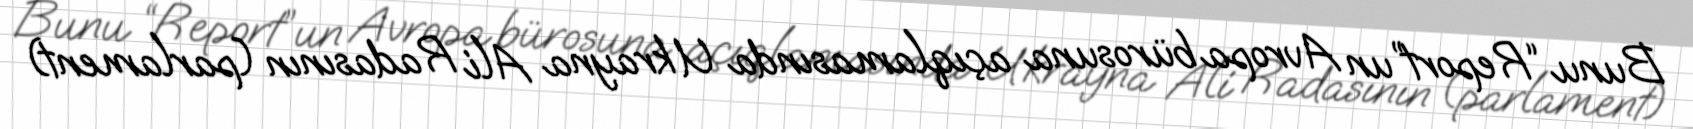
Bunu “Report”un Avropa bürosuna açıqlamasında Ukrayna Ali Radasının (parlament)